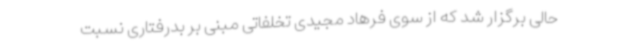
حالی برگزار شد که از سوی فرهاد مجیدی تخلفاتی مبنی بر بدرفتاری نسبت